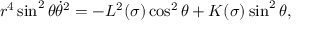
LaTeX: r ^ { 4 } \sin ^ { 2 } { \theta } \dot { \theta } ^ { 2 } = - L ^ { 2 } ( \sigma ) \cos ^ { 2 } { \theta } + K ( \sigma ) \sin ^ { 2 } { \theta } ,